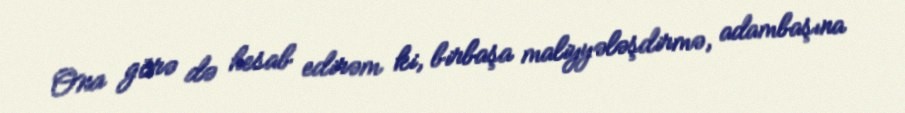
Ona görə də hesab edirəm ki, birbaşa maliyyələşdirmə, adambaşına